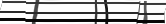
٥٣